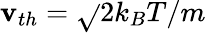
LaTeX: \mathbf{v}_{th}=\sqrt{}{{2k_{B}T/m}}